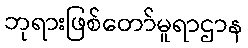
ဘုရားဖြစ်တော်မူရာဌာန